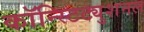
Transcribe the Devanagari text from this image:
कॉन्स्टिट्युशनल